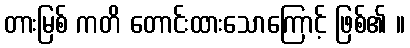
တားမြစ် ကတိ တောင်းထားသောကြောင့် ဖြစ်၏ ။